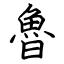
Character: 魯